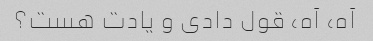
آه، آه، قول دادی و یادت هست؟